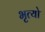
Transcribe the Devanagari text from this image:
भृत्यो